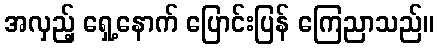
အလှည့် ရှေ့နောက် ပြောင်းပြန် ကြေညာသည်။